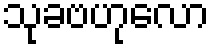
သုခဗဟုလော